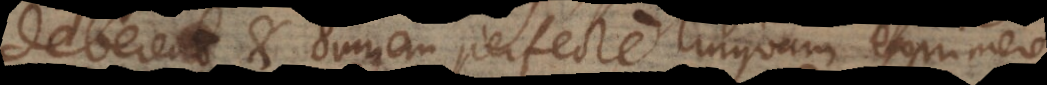
deberent et omnem perfecte linguam exprimere,